Vaccine operations Central Provinces & Berar 1912-1920 - 1912-1920
Year: 1912
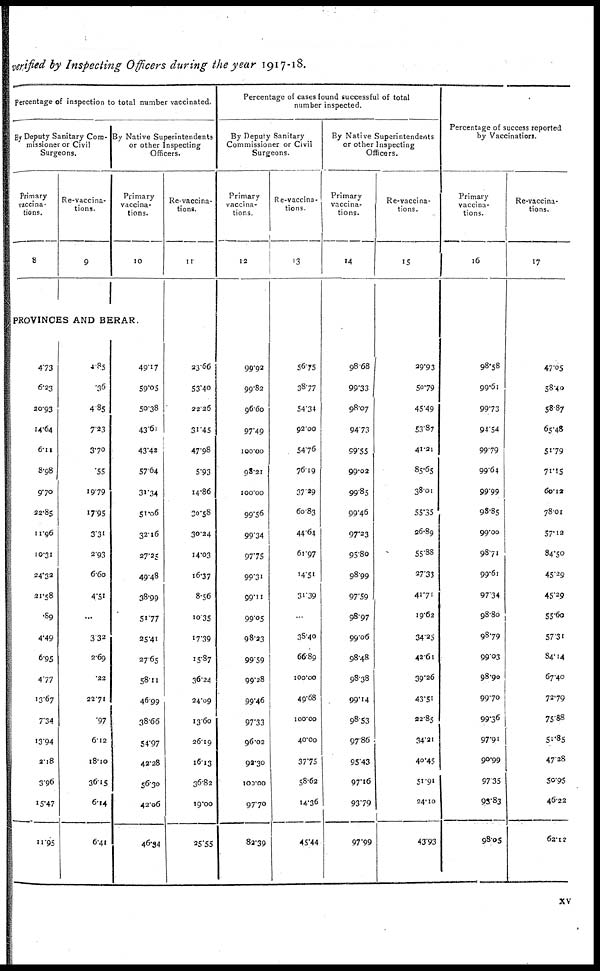
verified by Inspecting Officers during the year 1917-18.
Percentage of inspection to total number vaccinated.
By Deputy Sanitary Com-
missioner or Civil
Surgeons.
Primary
vaccina-
tions.
8
Re-vaccina-
tions.
9
By Native Superintendents
or other Inspecting
Officers.
Primary
vaccina-
tions.
10
PROVINCES AND BERAR.
4.73
6.23
20.93
14.64
6.11
8.98
9.70
22.85
11.96
10.31
24.32
21.58
.89
4.49
6.95
4.77
13.67
7.34
13.94
2.18
3.96
15.47
11.95
1.85
.36
4.85
7.23
3.70
.55
19.79
17.95
3.31
2.93
6.60
4.51
...
3.32
2.69
.22
22.71
.97
6.12
l8.10
36.15
6.14
6.41
49.17
59.05
50.38
43.61
43.42
57.64
31.34
51.06
32.16
27.25
49.48
38.99
51.77
25.41
27.65
58.11
46.99
38.66
54.97
42.28
56.30
42.06
46.34
Re-vaccina-
tions.
11
23.66
53.40
22.26
31.45
47.98
5.93
14.86
30.58
30.24
14.03
16.37
8.56
10.35
17.39
15.87
36.24
24.09
13.60
26.19
16.13
36.82
19.00
25.55
Percentage of cases found successful of total
number inspected.
By Deputy Sanitary
Commissioner or Civil
Surgeons.
Primary
vaccina-
tions.
12
99.92
99.82
96.60
97.49
100.00
98.21
100.00
99.56
99.34
97.75
99.31
99.11
99.05
98.23
99.59
99.28
99.46
97.33
96.02
92.30
100.00
97.70
82.39
Re-vaccina-
tions.
13
56.75
38.77
54.34
92.00
54.76
76.19
37.29
60.83
44.64
61.97
14.51
31.39
...
38.40
66.89
100.00
49.68
100.00
40.00
37.75
58.62
14.36
45.44
By Native Superintendents
or other Inspecting
Officers.
Primary
vaccina-
tions.
14
98.68
99.33
98.07
94.73
99.55
99.02
99.85
99.46
97.23
95.80
98.99
97.59
98.97
99.06
98.48
98.38
99.14
98.53
97.86
95.43
97.16
93.79
97.99
Re-vaccina-
tions.
15
29.93
50.79
45.49
53.87
41.21
85.65
38.01
55.35
26.89
55.88
27.33
41.71
19.62
34.25
42.61
39.26
43.51
22.85
34.21
40.45
51.91
24.10
43.93
Percentage of success reported
by Vaccinatiors.
Primary
vaccina-
tions.
16
98.58
99.61
99.73
94.54
99.79
99.64
99.99
98.85
99.00
98.71
99.61
97.34
98.80
98.79
99.03
98.90
99.70
99.36
97.91
90.99
97.35
93.83
98.05
Re-vaccina-
tions.
17
47.05
58.40
58.87
65.48
51.79
71.15
60.12
78.01
57.12
84.50
45.29
45.29
55.60
57.31
84.14
67.40
72.79
75.88
51.85
47.28
50.95
46.22
62.12
xv